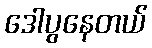
ဒေါပွနေတယ်